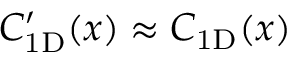
C _ { \mathrm { 1 D } } ^ { \prime } ( x ) \approx C _ { \mathrm { 1 D } } ( x )